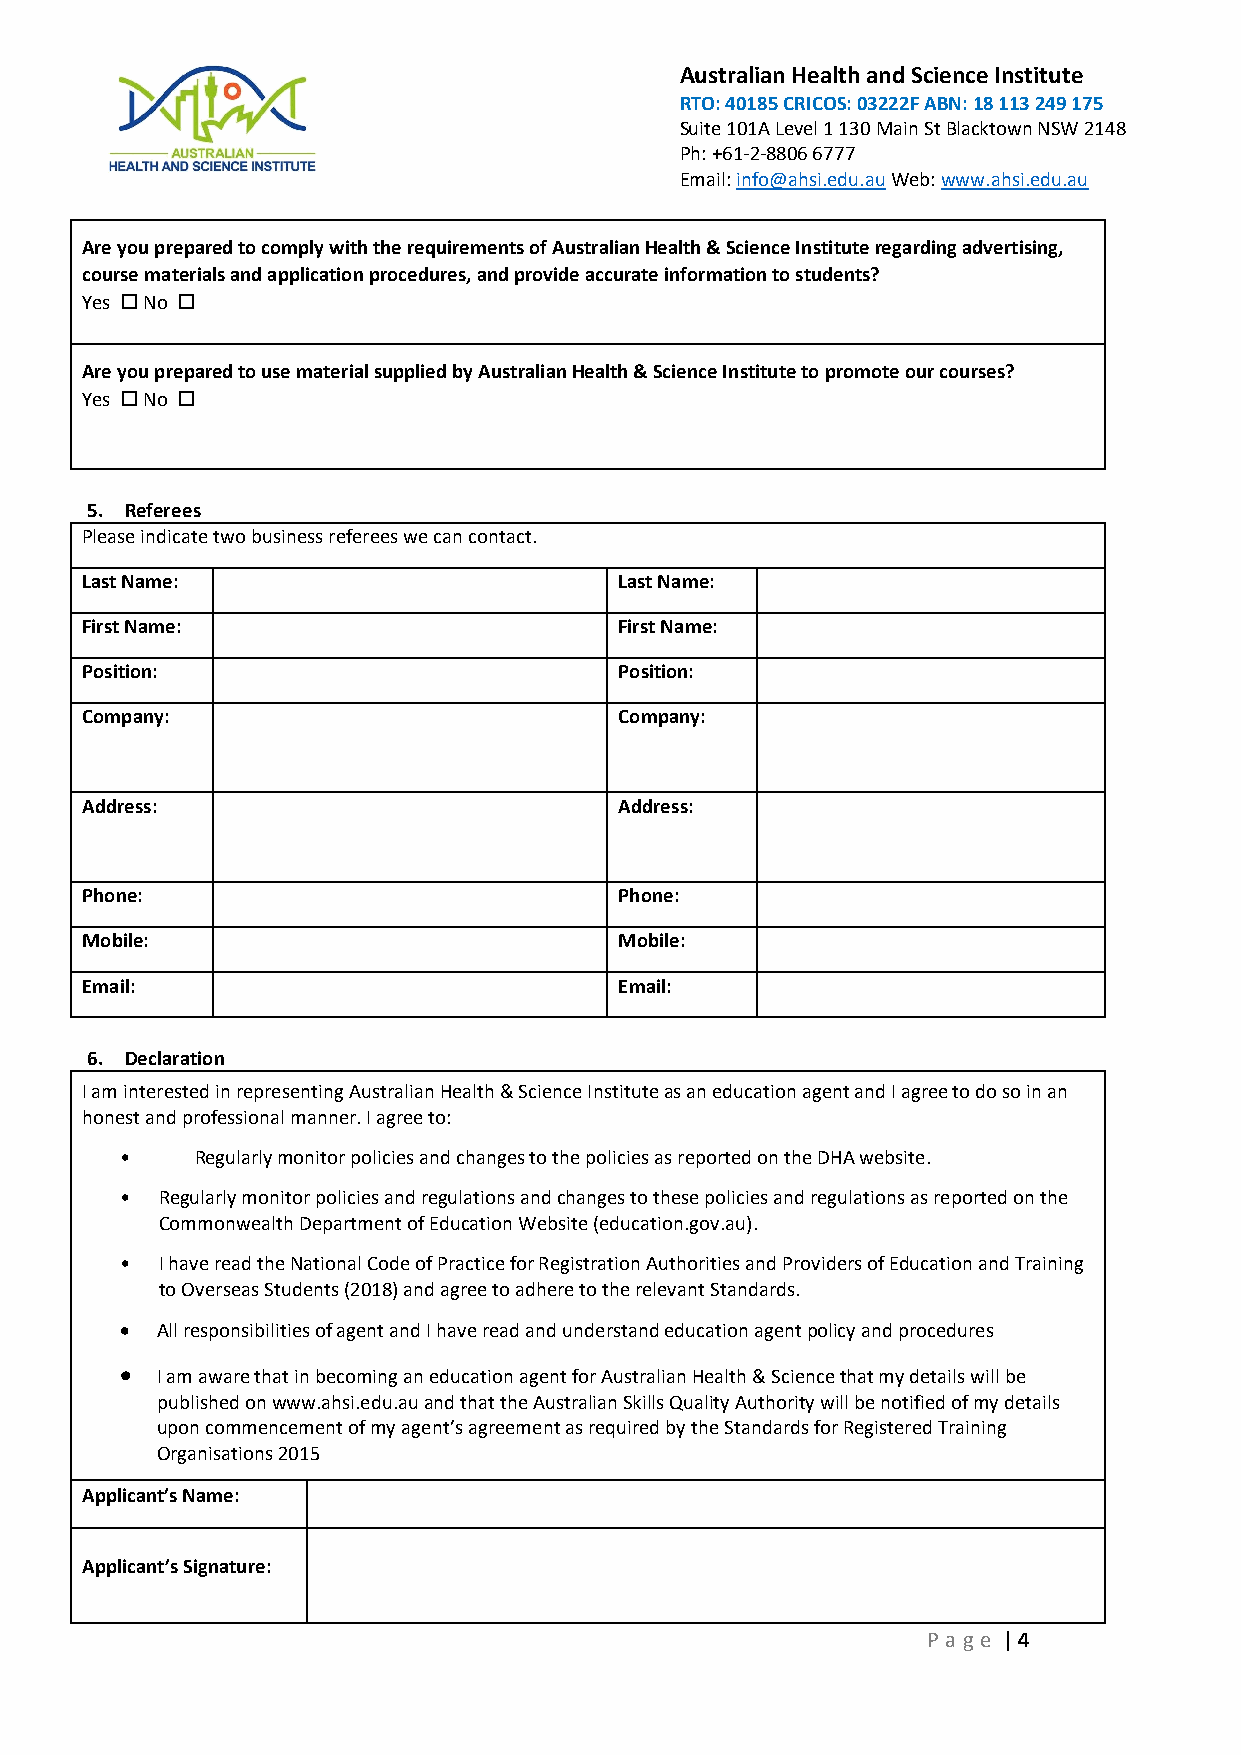
Australian Health and Science Institute
 RTO: 40185 CRICOS: 03222F ABN: 18 113 249 175
 Suite 101A Level 1 130 Main St Blacktown NSW 2148
 Ph: +61-2-8806 6777
 Email: info@ahsi.edu.au Web: www.ahsi.edu.au
 Are you prepared to comply with the requirements of Australian Health & Science Institute regarding advertising,
 course materials and application procedures, and provide accurate information to students?
 Yes  No 
 Are you prepared to use material supplied by Australian Health & Science Institute to promote our courses?
 Yes  No 
 5. Referees
 Please indicate two business referees we can contact.
 Last Name:                          Last Name:
 First Name:                         First Name:
 Position:                           Position:
 Company:                            Company:
 Address:                            Address:
 Phone:                              Phone:
 Mobile:                             Mobile:
 Email:                              Email:
 6. Declaration
 I am interested in representing Australian Health & Science Institute as an education agent and I agree to do so in an
 honest and professional manner. I agree to:
 •    Regularly monitor policies and changes to the policies as reported on the DHA website.
 •  Regularly monitor policies and regulations and changes to these policies and regulations as reported on the
 Commonwealth Department of Education Website (education.gov.au).
 •  I have read the National Code of Practice for Registration Authorities and Providers of Education and Training
 to Overseas Students (2018) and agree to adhere to the relevant Standards.
 • All responsibilities of agent and I have read and understand education agent policy and procedures
 • I am aware that in becoming an education agent for Australian Health & Science that my details will be
 published on www.ahsi.edu.au and that the Australian Skills Quality Authority will be notified of my details
 upon commencement of my agent’s agreement as required by the Standards for Registered Training
 Organisations 2015
 Applicant’s Name:
 Applicant’s Signature:
 P age | 4